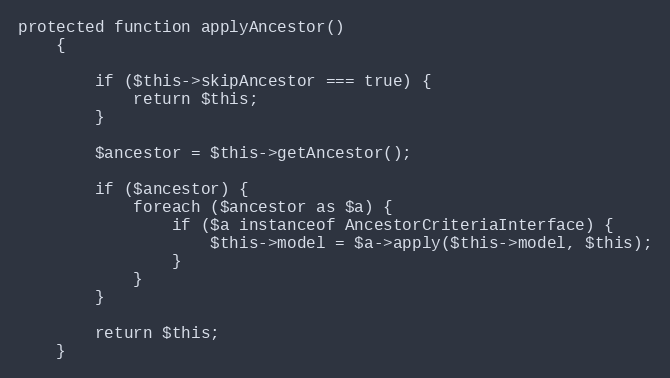
Language: PHP
protected function applyAncestor()
    {

        if ($this->skipAncestor === true) {
            return $this;
        }

        $ancestor = $this->getAncestor();

        if ($ancestor) {
            foreach ($ancestor as $a) {
                if ($a instanceof AncestorCriteriaInterface) {
                    $this->model = $a->apply($this->model, $this);
                }
            }
        }

        return $this;
    }